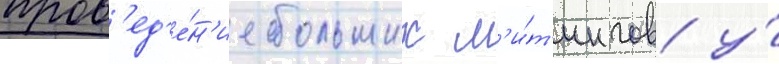
пров'ед'е́н'ие больших м'и́т'ингов у́